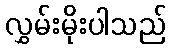
လွှမ်းမိုးပါသည်